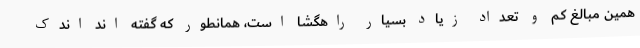
همین مبالغ کم و تعداد زیاد بسیار راهگشا است، همانطور که گفته اند اندک